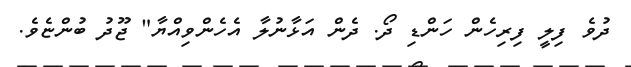
ދުވެ ފިލީ ފިރިހެން ހަންޑި ދޯ. ދެން އަޅާނުލާ އެހެންވިއްޔާ" ޖޫދު ބުންޏެވެ.